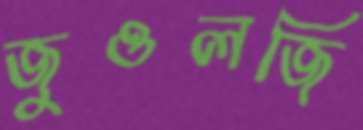
জুওলজি